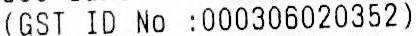
(GST ID NO :000306020352)